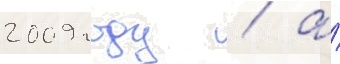
2009 году / а́